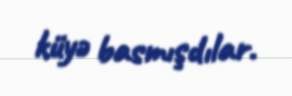
küyə basmışdılar.